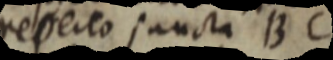
reperto juncta BC